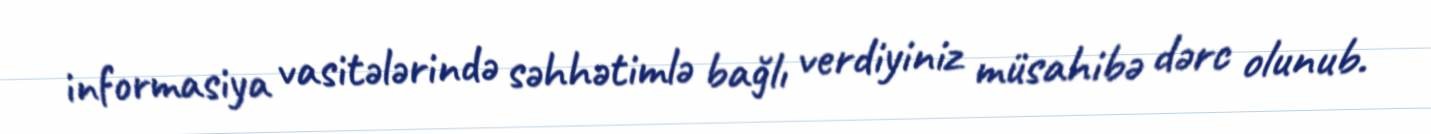
informasiya vasitələrində səhhətimlə bağlı verdiyiniz müsahibə dərc olunub.